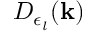
D _ { \epsilon _ { l } } ( \mathbf { k } )